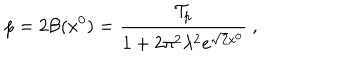
p = 2 { \cal B } ( x ^ { 0 } ) = { \frac { { \cal T } _ { p } } { 1 + 2 \pi ^ { 2 } \lambda ^ { 2 } e ^ { \sqrt { 2 } x ^ { 0 } } } } ~ ,